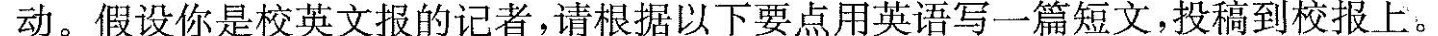
动。假设你是校英文报的记者，请根据以下要点用英语写一篇短文，投稿到校报上。